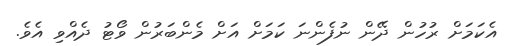
އެކަމަށް ރުހުން ދޭން ނުފެންނަ ކަމަށް އަށް މެންބަރުން ވޯޓު ދެއްވި އެވެ.